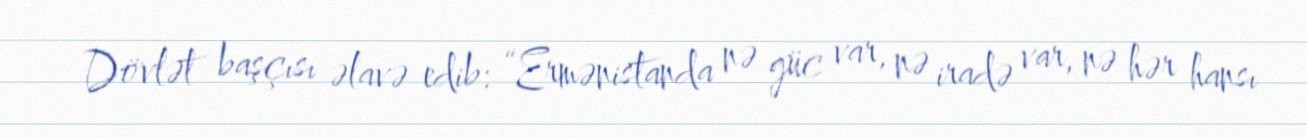
Dövlət başçısı əlavə edib: “Ermənistanda nə güc var, nə iradə var, nə hər hansı